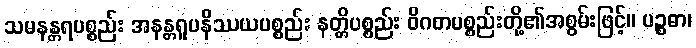
သမနန္တရပစ္စည်း အနန္တရူပနိဿယပစ္စည်း နတ္တိပစ္စည်း ဝိဂတပစ္စည်းတို့၏အစွမ်းဖြင့်။ ပဉ္စဓာ၊